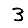
Digit: 3